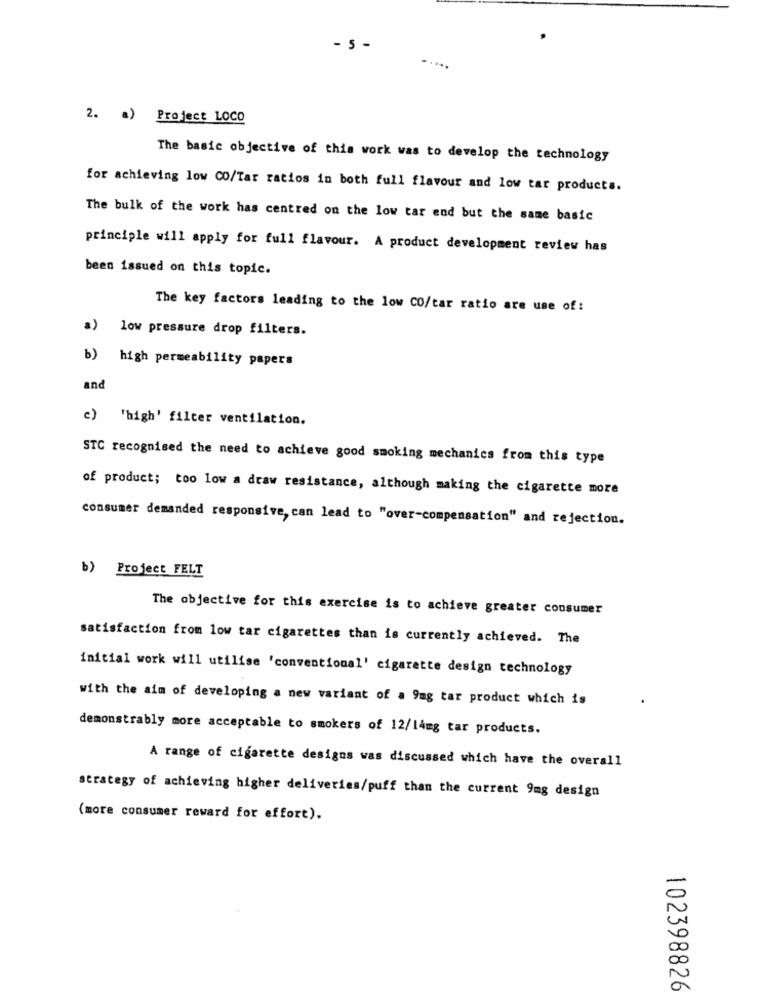
5 -
2. a) Project LOCO
The basic objective of this work was to develop the technology
for achieving low CO/Tar ratios in both full flavour and low tar products.
The bulk of the work has centred on the low tar end but the same basic
principle will apply for full flavour. A product development review has
been issued on this topic.
The key factors leading to the low CO/tar ratio are use of:
a)
low pressure drop filters.
b)
high permeability papers
and
c) 'high' filter ventilation.
STC recognised the need to achieve good smoking mechanics from this type
of product; too low a draw resistance, although making the cigarette more
consumer demanded responsive, can lead to "over-compensation" and rejection.
b) Project FELT
The objective for this exercise is to achieve greater consumer
satisfaction from low tar cigarettes than is currently achieved. The
initial work will utilise 'conventional' cigarette design technology
with the aim of developing a new variant of a 9mg tar product which is
demonstrably more acceptable to smokers of 12/14mg tar products.
A range of cigarette designs was discussed which have the overall
strategy of achieving higher deliveries/puff than the current 9mg design
(more consumer reward for effort).
102398826